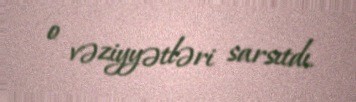
o vəziyyətləri sarsıtdı.